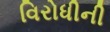
વિરોધીની